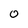
Character: 0